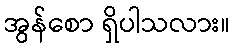
အွန်စော ရှိပါသလား။